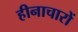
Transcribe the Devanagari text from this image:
हीनाचारों